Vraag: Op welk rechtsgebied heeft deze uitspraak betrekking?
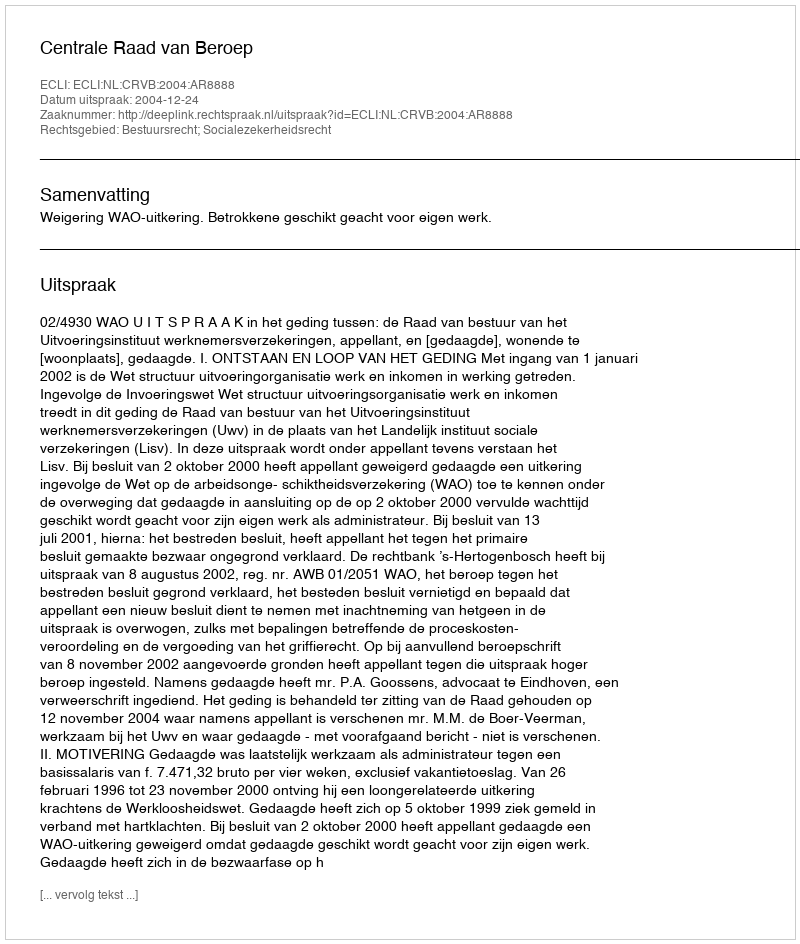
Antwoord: Bestuursrecht; Socialezekerheidsrecht